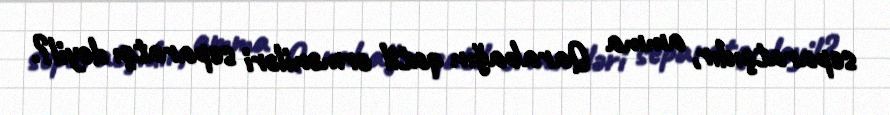
separatçıdır, amma Qarabağın qatil erməniləri separatçı deyil?.